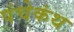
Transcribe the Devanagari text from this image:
पंचेकंथ